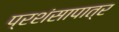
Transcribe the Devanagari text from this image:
प्रशंसापात्र